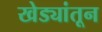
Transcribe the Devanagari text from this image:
खेड्यांतून